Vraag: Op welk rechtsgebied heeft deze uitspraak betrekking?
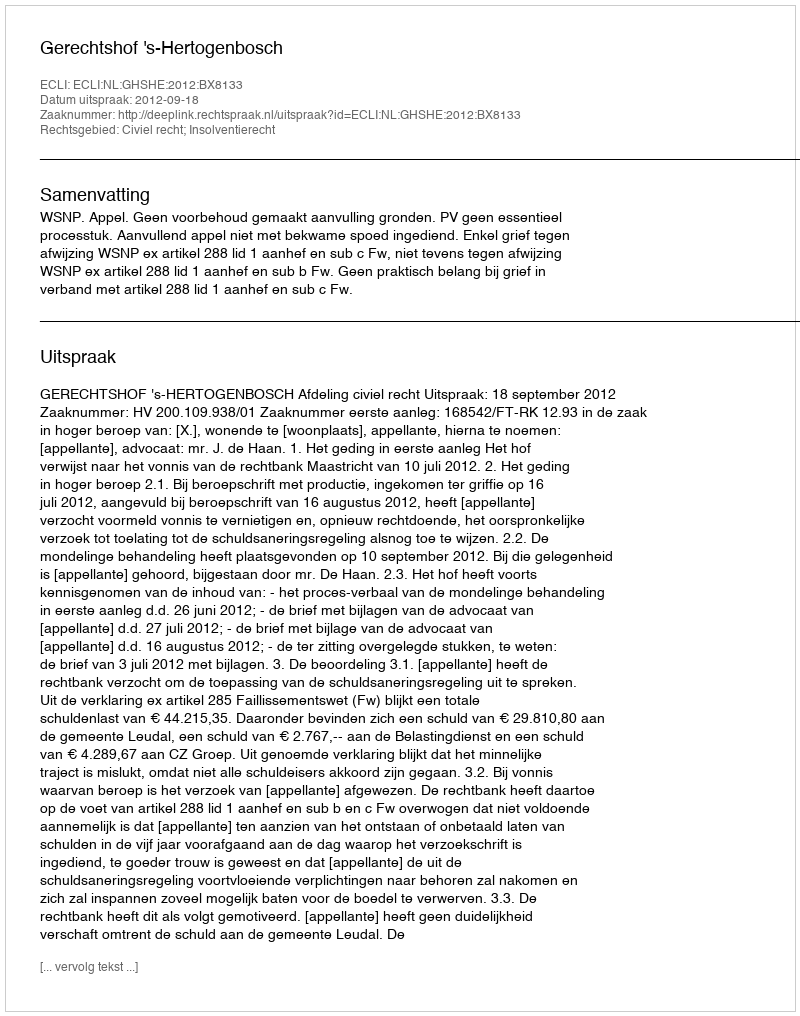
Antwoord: Civiel recht; Insolventierecht